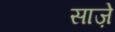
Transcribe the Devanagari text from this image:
साज़े